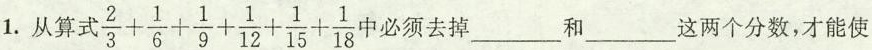
1.从算式 $$\frac{2}{3}+ \frac{1}{6}+ \frac{1}{9}+ \frac{1}{12}+ \frac{1}{15}+ \frac{1}{18}$$中必须去掉___和___这两个分数，才能使